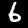
Label: 6